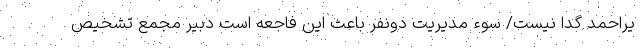
یراحمد گدا نیست/ سوء مدیریت دونفر باعث این فاجعه است دبیر مجمع تشخیص